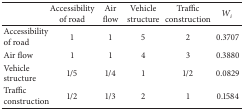
<table><thead><tr><td><b> </b></td><td><b>Accessibility of road</b></td><td><b>Air flow</b></td><td><b> Vehicle structure</b></td><td><b>Traffic construction</b></td><td><b><i>W</i><sub><i>i</i></sub></b></td></tr></thead><tbody><tr><td>Accessibility of road</td><td>1</td><td>1</td><td>5</td><td>2</td><td>0.3707</td></tr><tr><td>Air flow</td><td>1</td><td>1</td><td>4</td><td>3</td><td>0.3880</td></tr><tr><td> Vehicle structure</td><td>1/5</td><td>1/4</td><td>1</td><td>1/2</td><td>0.0829</td></tr><tr><td>Traffic construction</td><td>1/2</td><td>1/3</td><td>2</td><td>1</td><td>0.1584</td></tr></tbody></table>